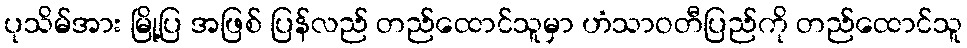
ပုသိမ်အား မြို့ပြ အဖြစ် ပြန်လည် တည်ထောင်သူမှာ ဟံသာဝတီပြည်ကို တည်ထောင်သူ